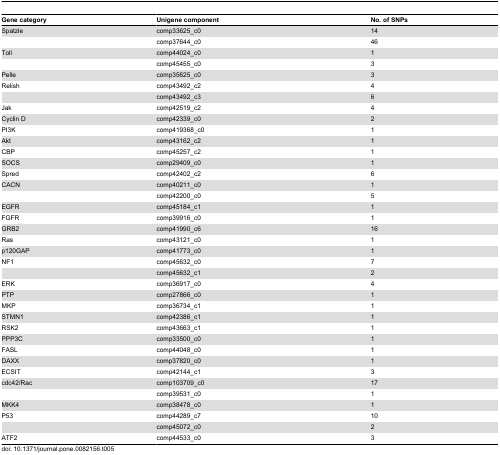
| Gene category | Unigene component | No. of SNPs |
 | --- | --- | --- |
 | Spatzle | comp33625_c0 | 14 |
 |  | comp37644_c0 | 46 |
 | Toll | comp44024_c0 | 1 |
 |  | comp45455_c0 | 3 |
 | Pelle | comp35625_c0 | 3 |
 | Relish | comp43492_c2 | 4 |
 |  | comp43492_c3 | 6 |
 | Jak | comp42519_c2 | 4 |
 | Cyclin D | comp42339_c0 | 2 |
 | PI3K | comp419368_c0 | 1 |
 | Akt | comp43162_c2 | 1 |
 | CBP | comp45257_c2 | 1 |
 | SOCS | comp29409_c0 | 1 |
 | Spred | comp42402_c2 | 6 |
 | CACN | comp40211_c0 | 1 |
 |  | comp42200_c0 | 5 |
 | EGFR | comp45184_c1 | 1 |
 | FGFR | comp39916_c0 | 1 |
 | GRB2 | comp41990_c6 | 16 |
 | Ras | comp43121_c0 | 1 |
 | p120GAP | comp41773_c0 | 1 |
 | NF1 | comp45632_c0 | 7 |
 |  | comp45632_c1 | 2 |
 | ERK | comp36917_c0 | 4 |
 | PTP | comp27866_c0 | 1 |
 | MKP | comp36734_c1 | 1 |
 | STMN1 | comp42386_c1 | 1 |
 | RSK2 | comp43663_c1 | 1 |
 | PPP3C | comp33500_c0 | 1 |
 | FASL | comp44048_c0 | 1 |
 | DAXX | comp37820_c0 | 1 |
 | ECSIT | comp42144_c1 | 3 |
 | cdc42/Rac | comp103709_c0 | 17 |
 |  | comp39531_c0 | 1 |
 | MKK4 | comp38478_c0 | 1 |
 | P53 | comp44289_c7 | 10 |
 |  | comp45072_c0 | 2 |
 | ATF2 | comp44533_c0 | 3 |